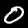
Label: 0